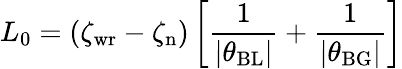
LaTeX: L_{0}=(\zeta_{\mathrm{wr}}-\zeta_{\mathrm{n}})\left[\frac{1}{|\theta_{\mathrm{BL}}|}+\frac{1}{|\theta_{\mathrm{BG}}|}\right]